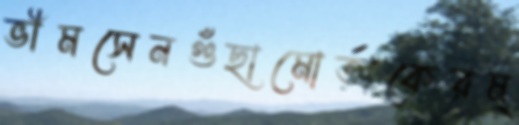
ভীমসেনগুঁছামোর্তাকেরম্